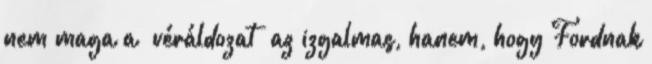
nem maga a ‘véráldozat’ az izgalmas, hanem, hogy Fordnak